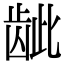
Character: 龇